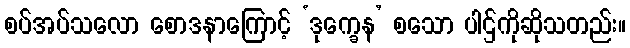
စပ်အပ်သလော စောဒနာကြောင့် ‘ဒုက္ခေန’ စသော ပါဌ်ကိုဆိုသတည်း။